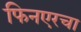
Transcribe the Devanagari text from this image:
फिनएरचा